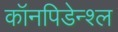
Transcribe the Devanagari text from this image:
कॉनपिडेन्श्ल